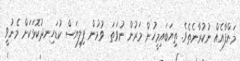
މަންފާއެއް ނުކުރާނެތެވެ. ތިޔަބައިމީހުން މަރުން ނުވަތަ  ވުމުން ފިލިޔަސް ކުޑަހިނދުކޮޅަކަށް މެނުވީ